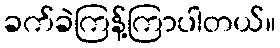
ခက်ခဲကြန့်ကြာပါတယ်။